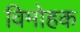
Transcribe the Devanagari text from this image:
विमोहक